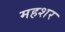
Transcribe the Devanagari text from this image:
महशर